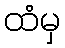
ထံမှ